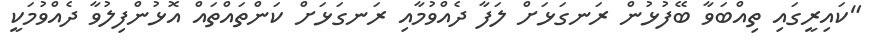
"ކައިރީގައި ތިއްބަވާ ބޭފުޅުން ރަނގަޅަށް ލަފާ ދެއްވުމާއި ރަނގަޅަށް ކަންތައްތައް އޮޅުންފިލުވާ ދެއްވުމަކީ